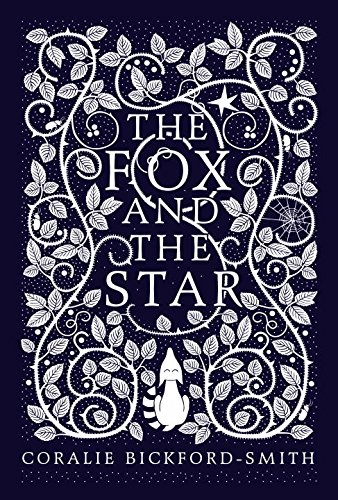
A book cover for The Fox and the Star; Coralie Bickford-Smith; Politics & Social Sciences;